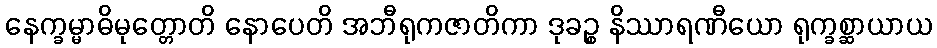
နေက္ခမ္မာဓိမုတ္တောတိ နောပေတိ အဘီရုကဇာတိကာ ဒုခဉ္စ နိဿာရဏီယော ရုက္ခစ္ဆာယာယ